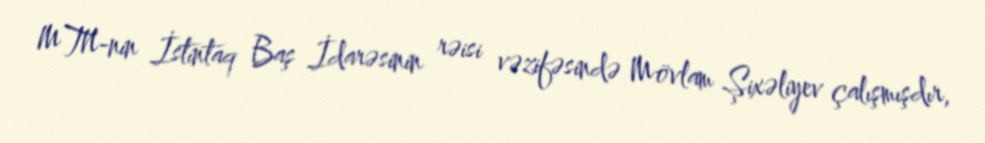
MTN-nin İstintaq Baş İdarəsinin rəisi vəzifəsində Mövlam Şixəliyev çalışmışdır,